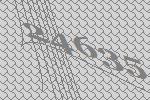
24635